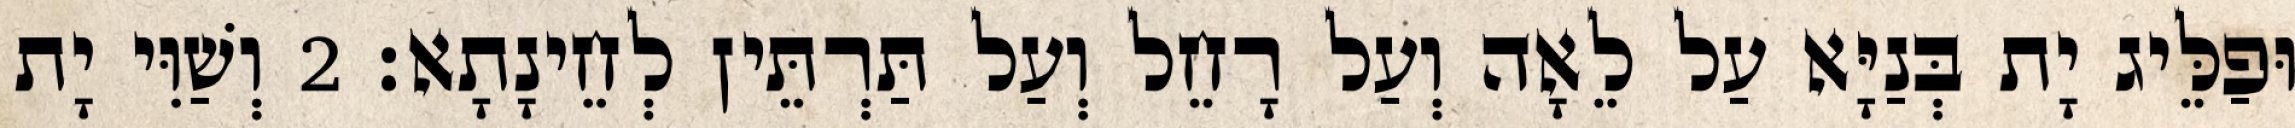
וּפַלֵּיג יָת בְּנַיָּא עַל לֵאָה וְעַל רָחֵל וְעַל תַּרְתֵּין לְחֵינָתָא׃ 2 וְשַׁוִּי יָת